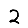
Digit: 2